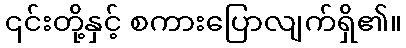
၎င်းတို့နှင့် စကားပြောလျက်ရှိ၏။